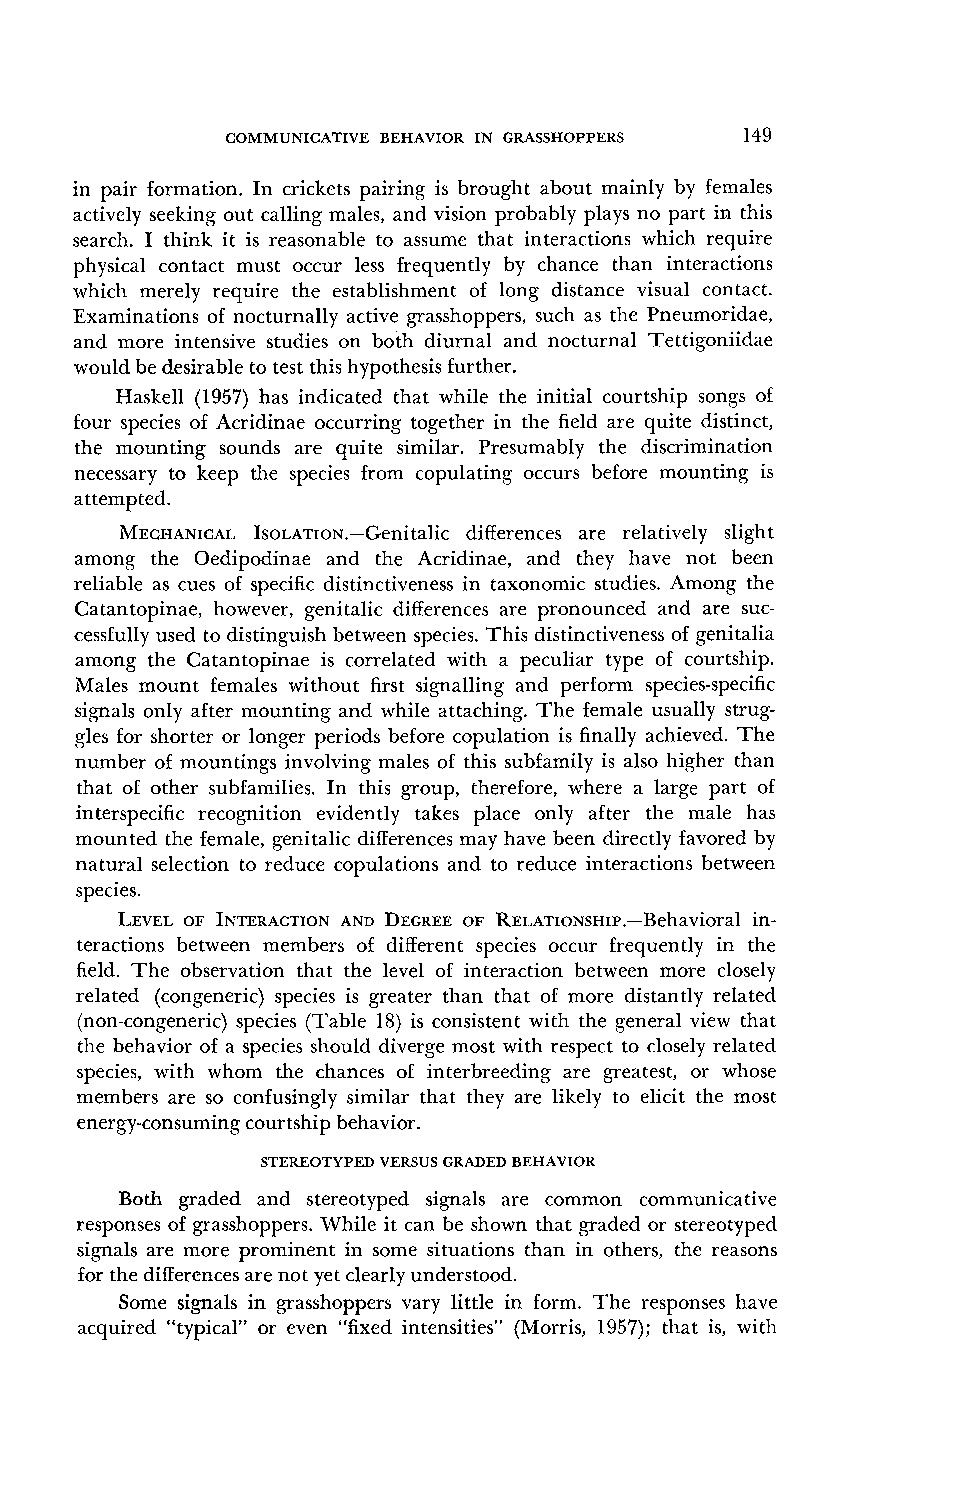
COMMUNICATIVE BEHAVIOR IN GRASSHOPPERS 149
 in pair formation. In crickets pairing is brought about mainly by females
 actively seeking out calling males, and vision probably plays no part in this
 search. I think it is reasonable to assume that interactions which require
 physical contact must occur less frequently by chance than interactions
 which merely require the establishment of long distance visual contact.
 Examinations of nocturnally active grasshoppers, such as the Pneumoridae,
 and more intensive studies on both diurnal and nocturnal Tettigoniidae
 would be desirable to test this hypothesis further.
 Haskell (1957) has indicated that while the initial courtship songs of
 four species of Acridinae occurring together in the field are quite distinct,
 the mounting sounds are quite similar. Presumably the discrimination
 necessary to keep the species from copulating occurs before mounting is
 attempted.
 MECHANICAILs o~.~~~o~.-Genitdailffiecr ences are relatively slight
 among the Oedipodinae and the Acridinae, and they have not been
 reliable as cues of specific distinctiveness in taxonomic studies. Among the
 Catantopinae, however, genitalic differences are pronounced and are suc-
 cessfully used to distinguish between species. This distinctiveness of genitalia
 among the Catantopinae is correlated with a peculiar type of courtship.
 Males mount females without first signalling and perform species-specific
 signals only after mounting and while attaching. The female usually strug-
 gles for shorter or longer periods before copulation is finally achieved. The
 number of mountings involving males of this subfamily is also higher than
 that of other subfamilies. In this group, therefore, where a large part of
 interspecific recognition evidently takes place only after the male has
 mounted the female, genitalic differences may have been directly favored by
 natural selection to reduce copulations and to reduce interactions between
 species.
 LEVELO F INTERACTIOANND DEGREEO F R~~A~~o~s~~~.-Beihn-a vioral
 teractions between members of different species occur frequently in the
 field. The observation that the level of interaction between more closely
 related (congeneric) species is greater than that of more distantly related
 (non-congeneric) species (Table 18) is consistent with the general view that
 the behavior of a species should diverge most with respect to closely related
 species, with whom the chances of interbreeding are greatest, or whose
 members are so confusingly similar that they are likely to elicit the most
 energy-consuming courtship behavior.
 STEREOTYPED VERSUS GRADED BEHAVIOR
 Both graded and stereotyped signals are common communicative
 responses of grasshoppers. While it can be shown that graded or stereotyped
 signals are more prominent in some situations than in others, the reasons
 -
 for the differences are not yet clearly understood.
 Some signals in grasshoppers vary little in form. The responses have
 acquired "typical" or even "fixed intensities" (Morris, 1957); that is, with